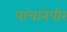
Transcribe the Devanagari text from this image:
पांचानेपीर